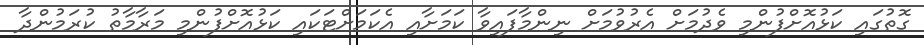
ގޮތުގައި ކަޅުއޮށްފުންމި ވެދުމަށް އެރުވުމަށް ނިންމާފައިވާ ކަމަށާއި އެކަމަށްޓަކައި ކަޅުއޮށްފުންމި މަރާމާތު ކުރަމުންދާ